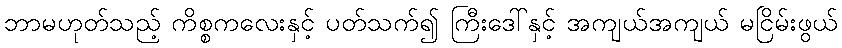
ဘာမဟုတ်သည့် ကိစ္စကလေးနှင့် ပတ်သက်၍ ကြီးဒေါ်နှင့် အကျယ်အကျယ် မငြိမ်းဖွယ်